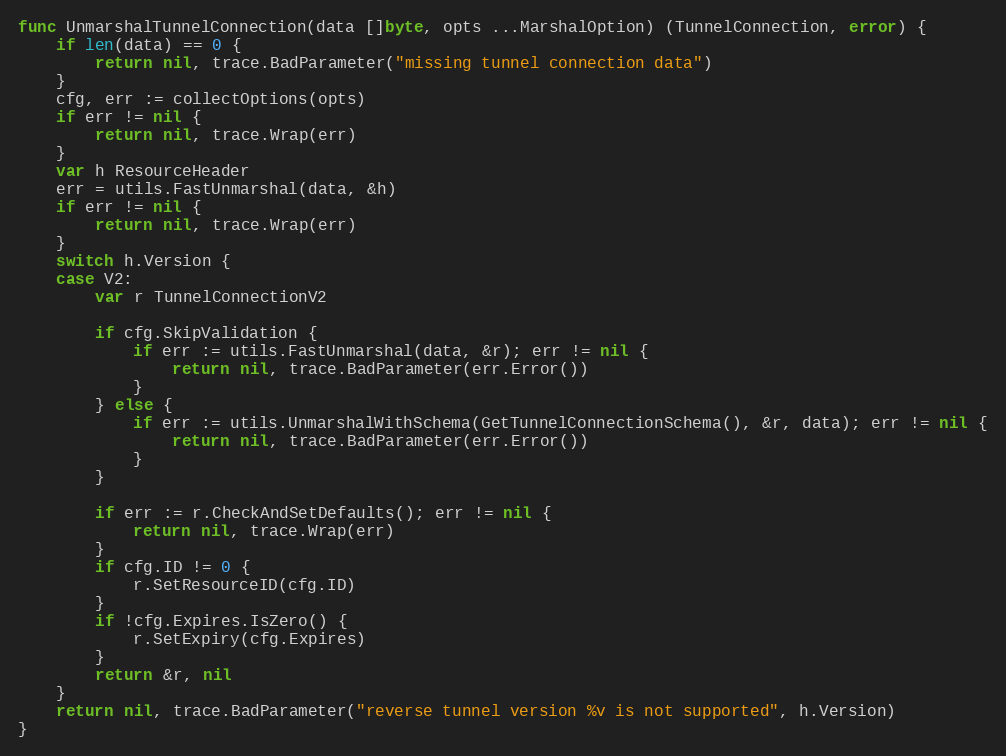
Language: Go
func UnmarshalTunnelConnection(data []byte, opts ...MarshalOption) (TunnelConnection, error) {
	if len(data) == 0 {
		return nil, trace.BadParameter("missing tunnel connection data")
	}
	cfg, err := collectOptions(opts)
	if err != nil {
		return nil, trace.Wrap(err)
	}
	var h ResourceHeader
	err = utils.FastUnmarshal(data, &h)
	if err != nil {
		return nil, trace.Wrap(err)
	}
	switch h.Version {
	case V2:
		var r TunnelConnectionV2

		if cfg.SkipValidation {
			if err := utils.FastUnmarshal(data, &r); err != nil {
				return nil, trace.BadParameter(err.Error())
			}
		} else {
			if err := utils.UnmarshalWithSchema(GetTunnelConnectionSchema(), &r, data); err != nil {
				return nil, trace.BadParameter(err.Error())
			}
		}

		if err := r.CheckAndSetDefaults(); err != nil {
			return nil, trace.Wrap(err)
		}
		if cfg.ID != 0 {
			r.SetResourceID(cfg.ID)
		}
		if !cfg.Expires.IsZero() {
			r.SetExpiry(cfg.Expires)
		}
		return &r, nil
	}
	return nil, trace.BadParameter("reverse tunnel version %v is not supported", h.Version)
}